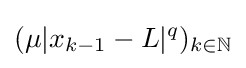
(\mu |x_{k-1}-L|^{q})_{k\in \mathbb {N} }